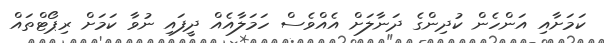
ކަމަށާއި އަންހެން ކުދިންގެ ދަނާލަށް އެއްވެސް ހަމަލާއެއް ދީފައި ނުވާ ކަމަށް ރިޕޯޓްތައް